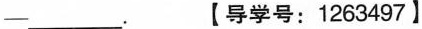
——___.【导学号:1263497 】